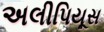
અલીપિયૂસ